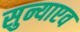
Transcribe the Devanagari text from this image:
सुन्याएव